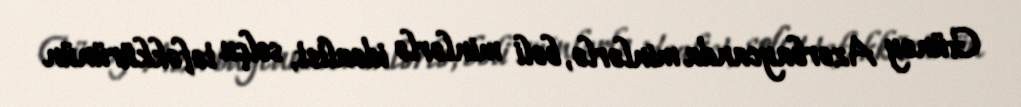
Güney Azərbaycanda minlərlə, bəli minlərlə idealist, solçu təfəkkürünün